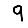
Digit: 9